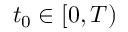
t _ { 0 } \in [ 0 , T )